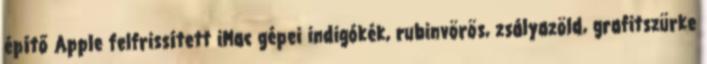
építő Apple felfrissített iMac gépei indigókék, rubinvörös, zsályazöld, grafitszürke